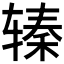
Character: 𰺖